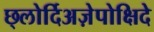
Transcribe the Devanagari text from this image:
छ्लोर्दिअज़ेपोक्षिदे